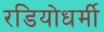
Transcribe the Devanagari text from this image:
रडियोधर्मी